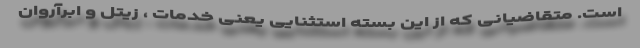
است. متقاضیانی که از این بسته استثنایی یعنی خدمات ، زیتل و ابرآروان